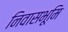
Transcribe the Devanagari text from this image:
निवासभूमि